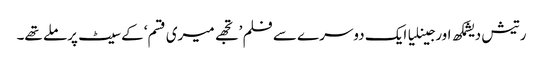
رتیش دیشمکھ اورجینلیا ایک دوسرے سے فلم ’تجھے میری قسم‘ کے سیٹ پرملے تھے۔